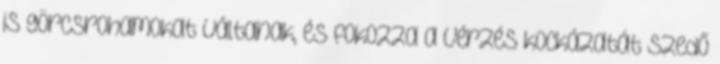
is görcsrohamokat váltanak, és fokozza a vérzés kockázatát szedő